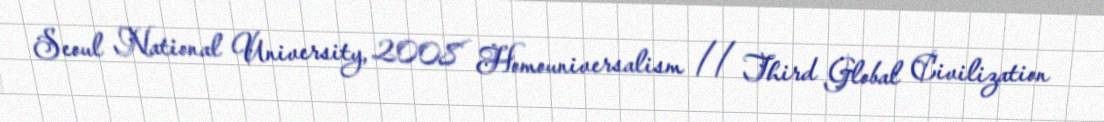
Seoul National University, 2008 Homouniversalism // Third Global Civilization